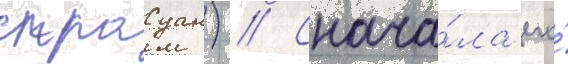
страуан) // Снача́ла его́